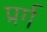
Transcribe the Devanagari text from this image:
प्रर्ग